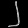
Digit: ၂